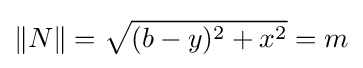
\!\,\|N\|={\sqrt {(b-y)^{2}+x^{2}}}=m